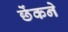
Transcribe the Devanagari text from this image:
छेंकने